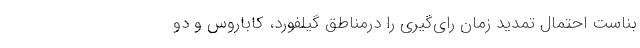
بناست احتمال تمدید زمان رای‌گیری را درمناطق گیلفورد، کاباروس و دو